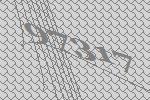
97317